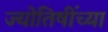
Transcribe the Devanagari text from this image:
ज्योतिषींच्या